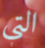
التي